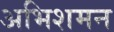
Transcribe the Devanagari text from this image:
अभिशमन